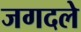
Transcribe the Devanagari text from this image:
जगदले